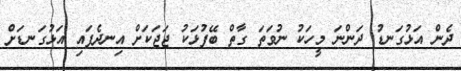
ދެން އަޅުގަނޑު ދަންނަ މީހަކު ނުވަތަ ގާތް ބޭފުޅަކު ޖަޖަކަށް އިނދެފައި އަޅުގަނޑަށް